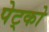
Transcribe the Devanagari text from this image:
पेट्को